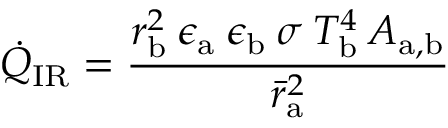
\dot { Q } _ { \mathrm { I R } } = \frac { r _ { \mathrm { b } } ^ { 2 } \: \epsilon _ { \mathrm { a } } \: \epsilon _ { \mathrm { b } } \: \sigma \: T _ { \mathrm { b } } ^ { 4 } \: A _ { \mathrm { a , b } } } { \bar { r } _ { \mathrm { a } } ^ { 2 } }